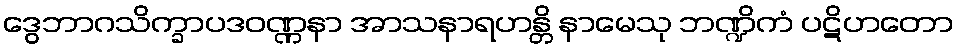
ဒွေဘာဂသိက္ခာပဒဝဏ္ဏနာ အာသနာရဟန္တိ နာမေသု ဘဏ္ဍိကံ ပဋိဟတော